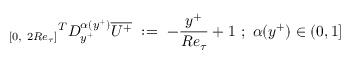
{ _ { [ 0 , ~ 2 R e _ { \tau } ] } } ^ { T } D _ { y ^ { + } } ^ { \alpha ( y ^ { + } ) } \overline { { U ^ { + } } } ~ : = ~ - { \frac { y ^ { + } } { R e _ { \tau } } } + 1 ~ ; ~ \alpha ( y ^ { + } ) \in ( 0 , 1 ]